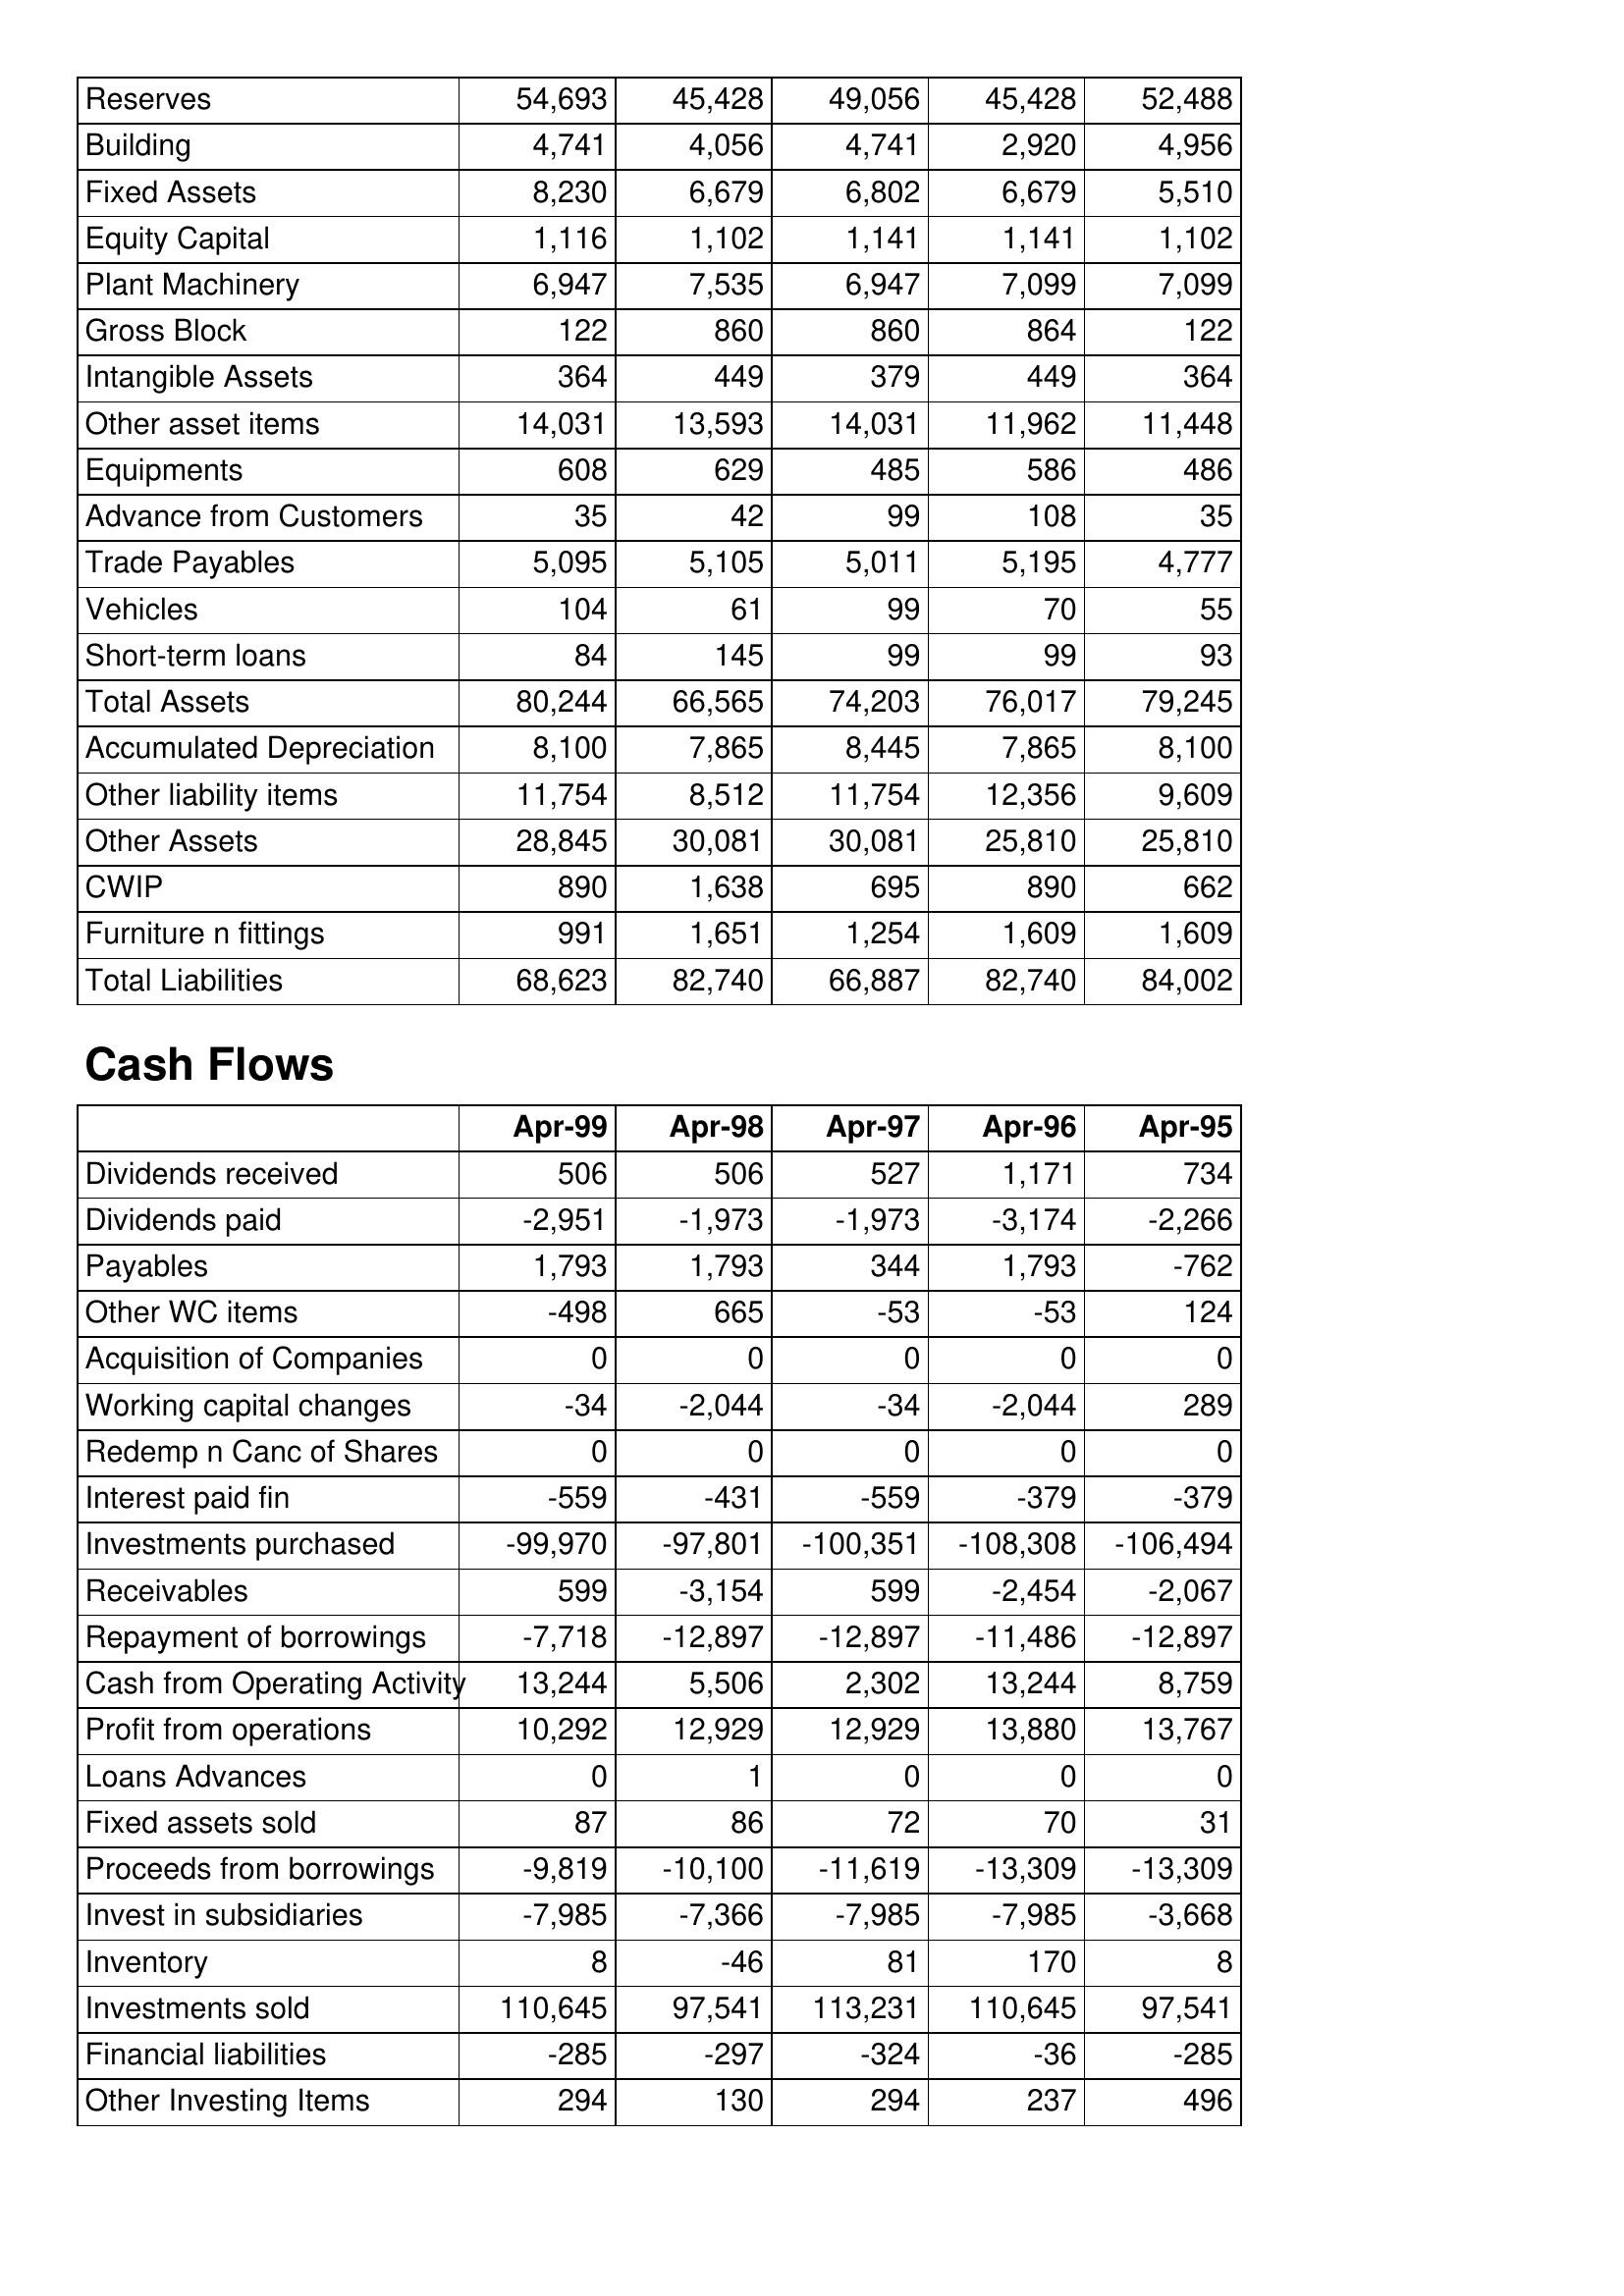
Apr-99: Balance Sheet: Reserves: 54,693
Building: 4,741
Fixed Assets: 8,230
Equity Capital: 1,116
Plant Machinery: 6,947
Gross Block: 122
Intangible Assets: 364
Other asset items: 14,031
Equipments: 608
Advance from Customers: 35
Trade Payables: 5,095
Vehicles: 104
Short-term loans: 84
Total Assets: 80,244
Accumulated Depreciation: 8,100
Other liability items: 11,754
Other Assets: 28,845
CWIP: 890
Furniture n fittings: 991
Total Liabilities: 68,623
Cash Flows: Dividends received: 506
Dividends paid: -2,951
Payables: 1,793
Other WC items: -498
Acquisition of Companies: 0
Working capital changes: -34
Redemp n Canc of Shares: 0
Interest paid fin: -559
Investments purchased: -99,970
Receivables: 599
Repayment of borrowings: -7,718
Cash from Operating Activity: 13,244
Profit from operations: 10,292
Loans Advances: 0
Fixed assets sold: 87
Proceeds from borrowings: -9,819
Invest in subsidiaries: -7,985
Inventory: 8
Investments sold: 110,645
Financial liabilities: -285
Other Investing Items: 294
Apr-98: Balance Sheet: Reserves: 45,428
Building: 4,056
Fixed Assets: 6,679
Equity Capital: 1,102
Plant Machinery: 7,535
Gross Block: 860
Intangible Assets: 449
Other asset items: 13,593
Equipments: 629
Advance from Customers: 42
Trade Payables: 5,105
Vehicles: 61
Short-term loans: 145
Total Assets: 66,565
Accumulated Depreciation: 7,865
Other liability items: 8,512
Other Assets: 30,081
CWIP: 1,638
Furniture n fittings: 1,651
Total Liabilities: 82,740
Cash Flows: Dividends received: 506
Dividends paid: -1,973
Payables: 1,793
Other WC items: 665
Acquisition of Companies: 0
Working capital changes: -2,044
Redemp n Canc of Shares: 0
Interest paid fin: -431
Investments purchased: -97,801
Receivables: -3,154
Repayment of borrowings: -12,897
Cash from Operating Activity: 5,506
Profit from operations: 12,929
Loans Advances: 1
Fixed assets sold: 86
Proceeds from borrowings: -10,100
Invest in subsidiaries: -7,366
Inventory: -46
Investments sold: 97,541
Financial liabilities: -297
Other Investing Items: 130
Apr-97: Balance Sheet: Reserves: 49,056
Building: 4,741
Fixed Assets: 6,802
Equity Capital: 1,141
Plant Machinery: 6,947
Gross Block: 860
Intangible Assets: 379
Other asset items: 14,031
Equipments: 485
Advance from Customers: 99
Trade Payables: 5,011
Vehicles: 99
Short-term loans: 99
Total Assets: 74,203
Accumulated Depreciation: 8,445
Other liability items: 11,754
Other Assets: 30,081
CWIP: 695
Furniture n fittings: 1,254
Total Liabilities: 66,887
Cash Flows: Dividends received: 527
Dividends paid: -1,973
Payables: 344
Other WC items: -53
Acquisition of Companies: 0
Working capital changes: -34
Redemp n Canc of Shares: 0
Interest paid fin: -559
Investments purchased: -100,351
Receivables: 599
Repayment of borrowings: -12,897
Cash from Operating Activity: 2,302
Profit from operations: 12,929
Loans Advances: 0
Fixed assets sold: 72
Proceeds from borrowings: -11,619
Invest in subsidiaries: -7,985
Inventory: 81
Investments sold: 113,231
Financial liabilities: -324
Other Investing Items: 294
Apr-96: Balance Sheet: Reserves: 45,428
Building: 2,920
Fixed Assets: 6,679
Equity Capital: 1,141
Plant Machinery: 7,099
Gross Block: 864
Intangible Assets: 449
Other asset items: 11,962
Equipments: 586
Advance from Customers: 108
Trade Payables: 5,195
Vehicles: 70
Short-term loans: 99
Total Assets: 76,017
Accumulated Depreciation: 7,865
Other liability items: 12,356
Other Assets: 25,810
CWIP: 890
Furniture n fittings: 1,609
Total Liabilities: 82,740
Cash Flows: Dividends received: 1,171
Dividends paid: -3,174
Payables: 1,793
Other WC items: -53
Acquisition of Companies: 0
Working capital changes: -2,044
Redemp n Canc of Shares: 0
Interest paid fin: -379
Investments purchased: -108,308
Receivables: -2,454
Repayment of borrowings: -11,486
Cash from Operating Activity: 13,244
Profit from operations: 13,880
Loans Advances: 0
Fixed assets sold: 70
Proceeds from borrowings: -13,309
Invest in subsidiaries: -7,985
Inventory: 170
Investments sold: 110,645
Financial liabilities: -36
Other Investing Items: 237
Apr-95: Balance Sheet: Reserves: 52,488
Building: 4,956
Fixed Assets: 5,510
Equity Capital: 1,102
Plant Machinery: 7,099
Gross Block: 122
Intangible Assets: 364
Other asset items: 11,448
Equipments: 486
Advance from Customers: 35
Trade Payables: 4,777
Vehicles: 55
Short-term loans: 93
Total Assets: 79,245
Accumulated Depreciation: 8,100
Other liability items: 9,609
Other Assets: 25,810
CWIP: 662
Furniture n fittings: 1,609
Total Liabilities: 84,002
Cash Flows: Dividends received: 734
Dividends paid: -2,266
Payables: -762
Other WC items: 124
Acquisition of Companies: 0
Working capital changes: 289
Redemp n Canc of Shares: 0
Interest paid fin: -379
Investments purchased: -106,494
Receivables: -2,067
Repayment of borrowings: -12,897
Cash from Operating Activity: 8,759
Profit from operations: 13,767
Loans Advances: 0
Fixed assets sold: 31
Proceeds from borrowings: -13,309
Invest in subsidiaries: -3,668
Inventory: 8
Investments sold: 97,541
Financial liabilities: -285
Other Investing Items: 496